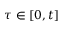
\tau \in [ 0 , t ]